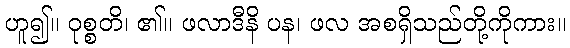
ဟူ၍။ ဝုစ္စတိ၊ ၏။ ဖလာဒီနိ ပန၊ ဖလ အစရှိသည်တို့ကိုကား။